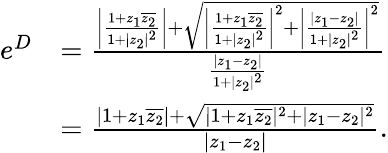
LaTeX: \begin{array}{rl}{e^{D}}&{=\frac{\left|\frac{1+z_{1}\overline{{z_{2}}}}{1+|z_{2}|^{2}}\right|+\sqrt{\left|\frac{1+z_{1}\overline{{z_{2}}}}{1+|z_{2}|^{2}}\right|^{2}+\left|\frac{|z_{1}-z_{2}|}{1+|z_{2}|^{2}}\right|^{2}}}{\frac{|z_{1}-z_{2}|}{1+|z_{2}|^{2}}}}\\ &{=\frac{|1+z_{1}\overline{{z_{2}}}|+\sqrt{|1+z_{1}\overline{{z_{2}}}|^{2}+|z_{1}-z_{2}|^{2}}}{|z_{1}-z_{2}|}.}\end{array}